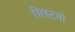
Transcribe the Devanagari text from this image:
सिस्टमो